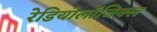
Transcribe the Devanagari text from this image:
रेडियोलॉजिक्ल